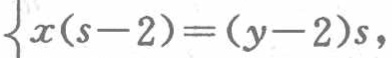
\(x(s - 2)=(y - 2)s\)